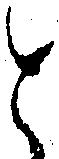
と